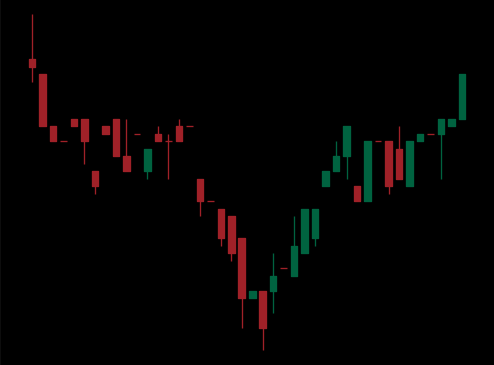
Pattern: inverse_head_shoulders